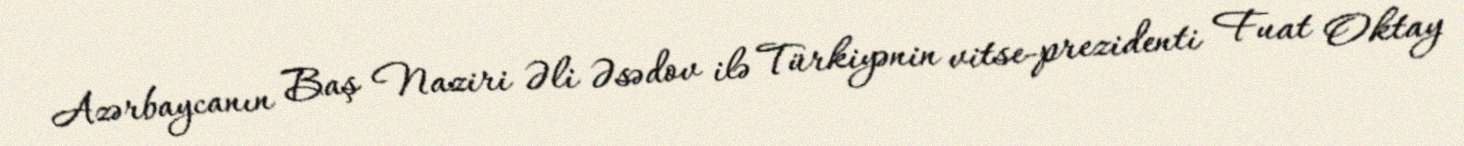
Azərbaycanın Baş Naziri Əli Əsədov ilə Türkiyənin vitse-prezidenti Fuat Oktay